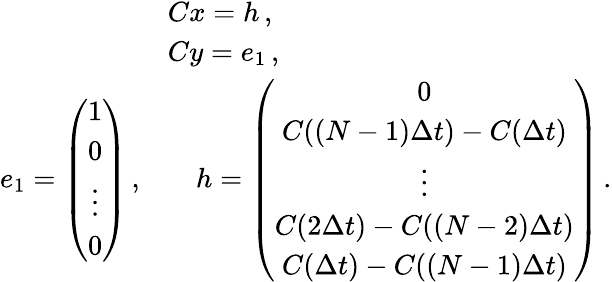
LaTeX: \begin{array}{rl}&{Cx=h\, ,}\\ &{Cy=e_{1}\, ,}\\ {e_{1}=\left(\begin{array}{c}{1}\\ {0}\\ {\vdots}\\ {0}\end{array}\right)\, ,}&{\quad h=\left(\begin{array}{c}{0}\\ {C((N-1)\Delta t)-C(\Delta t)}\\ {\vdots}\\ {C(2\Delta t)-C((N-2)\Delta t)}\\ {C(\Delta t)-C((N-1)\Delta t)}\end{array}\right)\, .}\end{array}